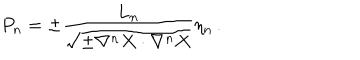
P _ { n } = \pm { \frac { L _ { n } } { \sqrt { \pm \nabla ^ { n } X \cdot \nabla ^ { n } X } } } \eta _ { n } \, .